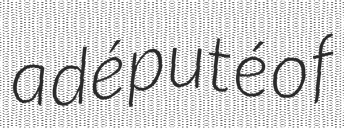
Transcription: a député of